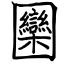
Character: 圞